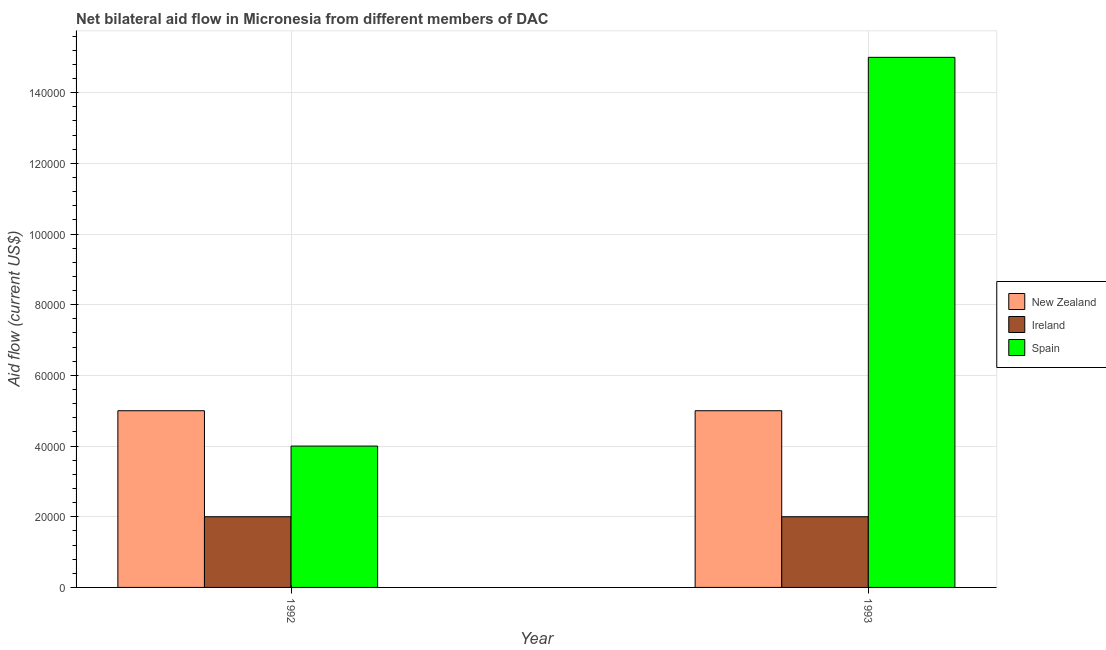
| Year | New Zealand | Ireland | Spain |
 | --- | --- | --- | --- |
 | 1992 | 5e+04 | 2e+04 | 4e+04 |
 | 1993 | 5e+04 | 2e+04 | 1.5e+05 |